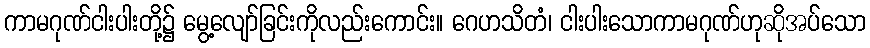
ကာမဂုဏ်ငါးပါးတို့၌ မွေ့လျော်ခြင်းကိုလည်းကောင်း။ ဂေဟသိတံ၊ ငါးပါးသောကာမဂုဏ်ဟုဆိုအပ်သော